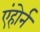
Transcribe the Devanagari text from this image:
एंहोर्न